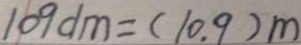
1 0 9 d m = ( 1 0 . 9 ) m